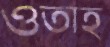
ওতাহ